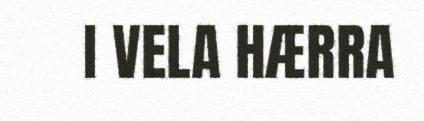
I VELA HÆRRA